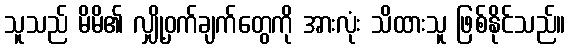
သူသည် မိမိ၏ လျှို့ဝှက်ချက်တွေကို အားလုံး သိထားသူ ဖြစ်နိုင်သည်။